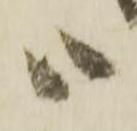
御